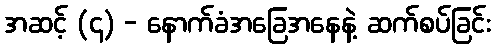
အဆင့် (၄) - နောက်ခံအခြေအနေနဲ့ ဆက်စပ်ခြင်း